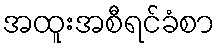
အထူးအစီရင်ခံစာ